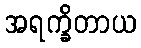
အရက္ခိတာယ